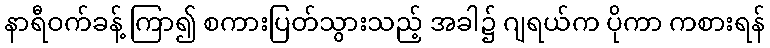
နာရီဝက်ခန့် ကြာ၍ စကားပြတ်သွားသည့် အခါ၌ ဂျရယ်က ပိုကာ ကစားရန်